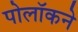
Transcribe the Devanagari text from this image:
पोलॉकने